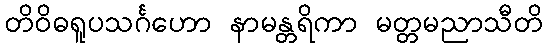
တိဝိဓရူပသင်္ဂဟော နာမန္တရိကာ မတ္တမညာသီတိ